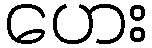
ဟေး